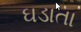
ઘડાતા